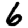
Digit: 6